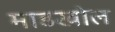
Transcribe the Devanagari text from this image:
माडखोल